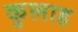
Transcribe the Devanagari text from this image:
कुलाह